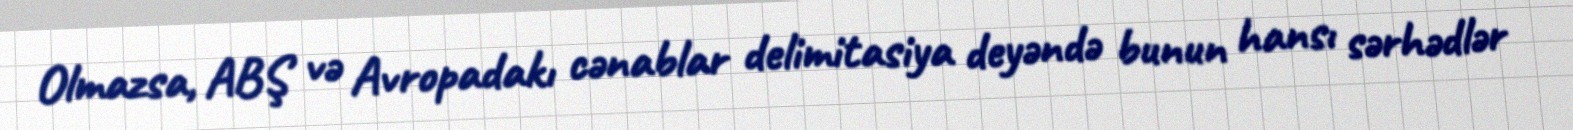
Olmazsa, ABŞ və Avropadakı cənablar delimitasiya deyəndə bunun hansı sərhədlər